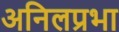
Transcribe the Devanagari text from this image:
अनिलप्रभा